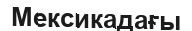
Мексикадағы